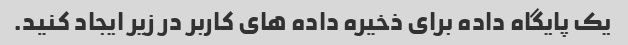
یک پایگاه داده برای ذخیره داده های کاربر در زیر ایجاد کنید.